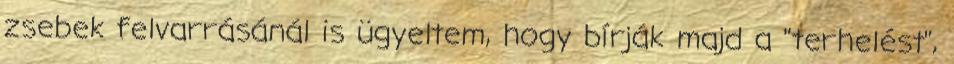
zsebek felvarrásánál is ügyeltem, hogy bírják majd a "terhelést",